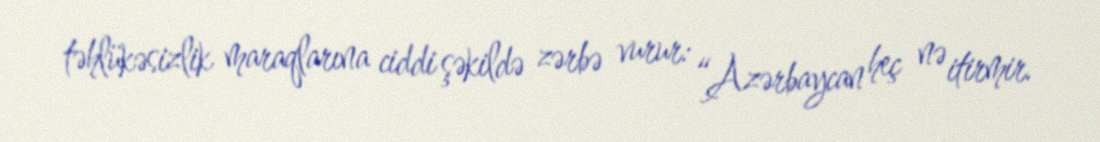
təhlükəsizlik maraqlarına ciddi şəkildə zərbə vurur: “Azərbaycan heç nə itirmir.